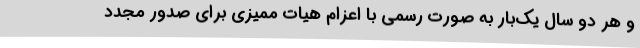
و هر دو سال یک‌بار به صورت رسمی با اعزام هیات ممیزی برای صدور مجدد